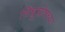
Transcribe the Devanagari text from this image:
सिंधुघोषच्या